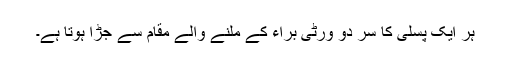
ہر ایک پسلی کا سر دو وِرٹی براء کے ملنے والے مقام سے جُڑا ہوتا ہے۔